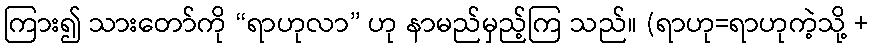
ကြား၍ သားတော်ကို “ရာဟုလာ” ဟု နာမည်မှည့်ကြ သည်။ (ရာဟု=ရာဟုကဲ့သို့ +